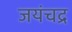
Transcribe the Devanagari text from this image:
जयंचद्र